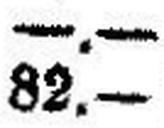
82.—